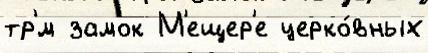
тр'́м замок М'ещер'е церко́вных